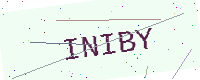
Text: INIBY